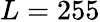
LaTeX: L=255